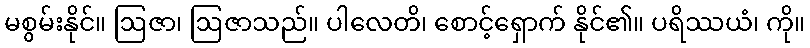
မစွမ်းနိုင်။ ဩဇာ၊ ဩဇာသည်။ ပါလေတိ၊ စောင့်ရှောက် နိုင်၏။ ပရိဿယံ၊ ကို။